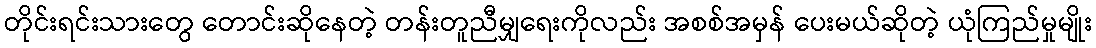
တိုင်းရင်းသားတွေ တောင်းဆိုနေတဲ့ တန်းတူညီမျှရေးကိုလည်း အစစ်အမှန် ပေးမယ်ဆိုတဲ့ ယုံကြည်မှုမျိုး